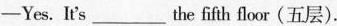
-Yes. Ir's___the fifth floor(五层).